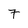
Character: 7